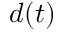
d ( t )